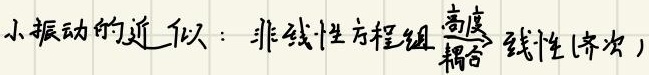
小振动的近似：非线性方程组$\overset{高度}{\underset{耦合}{\to}}$ 线性(齐次)